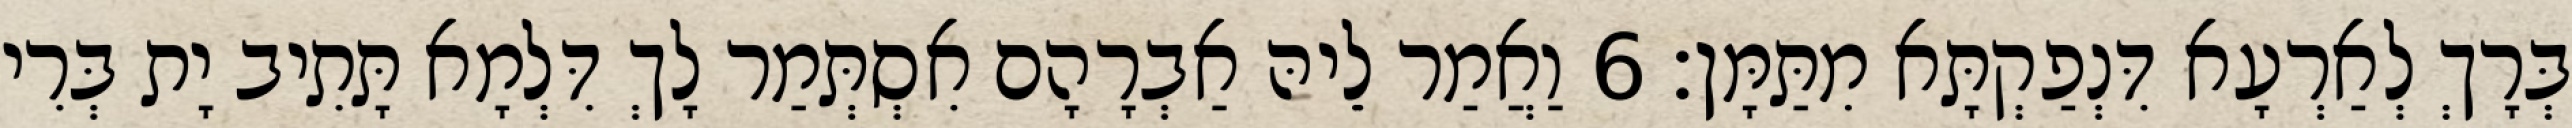
בְּרָךְ לְאַרְעָא דִּנְפַקְתָּא מִתַּמָּן׃ 6 וַאֲמַר לֵיהּ אַבְרָהָם אִסְתְּמַר לָךְ דִּלְמָא תָּתִיב יָת בְּרִי